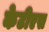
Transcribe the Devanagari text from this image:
केटीएस